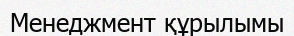
Менеджмент құрылымы